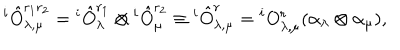
LaTeX: { } ^ { i } \hat { O } _ { \lambda , \mu } ^ { r _ { 1 } r _ { 2 } } = { } ^ { i } \hat { O } _ { \lambda } ^ { r _ { 1 } } \otimes { } ^ { i } \hat { O } _ { \mu } ^ { r _ { 2 } } \equiv { } ^ { i } \hat { O } _ { \lambda , \mu } ^ { r } = { } ^ { i } O _ { \lambda , \mu } ^ { r } ( \alpha _ { \lambda } \otimes \alpha _ { \mu } ) ,